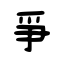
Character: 爭